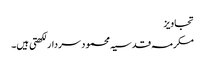
تجاویز
مکرمہ قدسیہ محمود سردار لکھتی ہیں۔